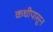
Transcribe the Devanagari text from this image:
कधीपासून